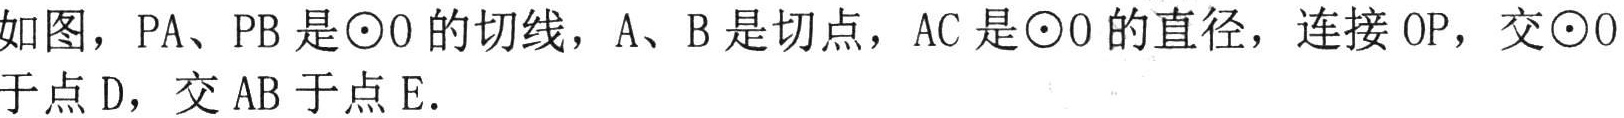
如图，$PA$、$PB$是$\odot O$的切线，$A$、$B$是切点，$AC$是$\odot O$的直径，连接$OP$，交$\odot O$于点$D$，交$AB$于点$E.$